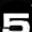
Digit: 5